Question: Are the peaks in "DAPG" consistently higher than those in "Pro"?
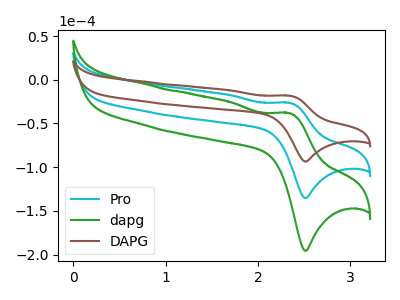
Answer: <think>The cyan curve "Pro" has an anodic peak at (2.35V, -26.40uA) and a cathodic peak at (2.50V, -135.35uA). The green curve "dapg" has an anodic peak at (2.35V, -52.75uA) and a cathodic peak at (2.50V, -270.75uA). The brown curve "DAPG" has an anodic peak at (2.35V, -18.25uA) and a cathodic peak at (2.50V, -93.60uA).</think>
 <answer>The peaks in "DAPG" are neither all higher or all lower than the peaks in "Pro".</answer>
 <eval>mixed</eval>